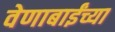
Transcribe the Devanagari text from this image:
वेणाबाईंच्या